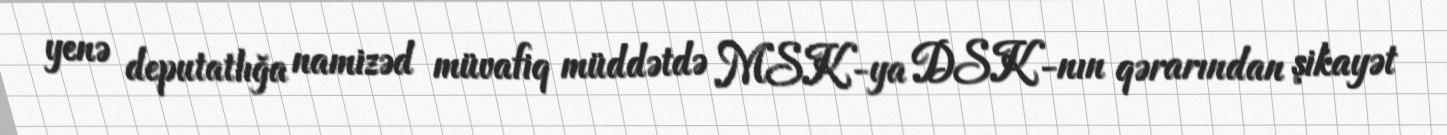
yenə deputatlığa namizəd müvafiq müddətdə MSK-ya DSK-nın qərarından şikayət